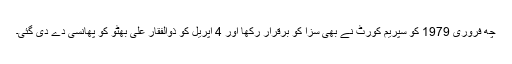
چھ فروری 1979 کو سپریم کورٹ نے بھی سزا کو برقرار رکھا اور 4 اپریل کو ذوالفقار علی بھٹو کو پھانسی دے دی گئی۔